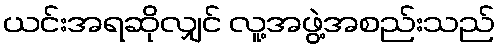
ယင်းအရဆိုလျှင် လူ့အဖွဲ့အစည်းသည်